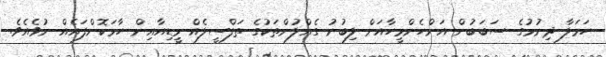
ހަމަލާ ދިނުމުގެ ސަބަބުން އަންހެންމީހާއަށް ލިބުނު ގެއްލުންތަކުގެ ތަފްސީލެއް މީޑިއާއިން ހާމަކޮށްފައެއް ނުވެއެވެ.